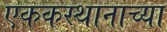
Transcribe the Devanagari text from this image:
एककस्थानाच्या